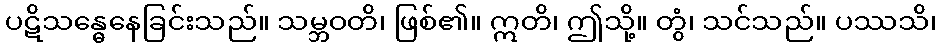
ပဋိသန္ဓေနေခြင်းသည်။ သမ္ဘဝတိ၊ ဖြစ်၏။ ဣတိ၊ ဤသို့။ တွံ၊ သင်သည်။ ပဿသိ၊